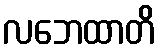
လဘေထာတိ